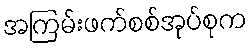
အကြမ်းဖက်စစ်အုပ်စုက